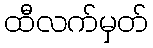
ထီလက်မှတ်